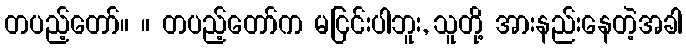
တပည့်တော်။ ။ တပည့်တော်က မငြင်းပါဘူး, သူတို့ အားနည်းနေတဲ့အခါ